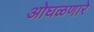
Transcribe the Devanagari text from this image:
ओघळणारे